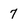
Character: 7